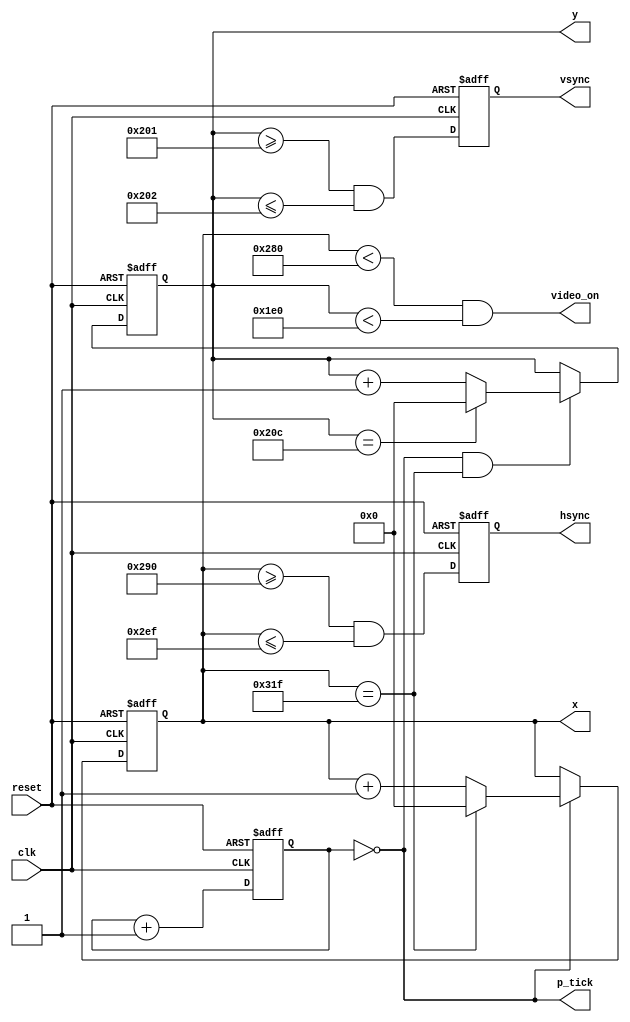
`timescale 1ns / 1ps
//////////////////////////////////////////////////////////////////////////////////
// Company: 
// Engineer: 
// 
// Design Name: 
// Module Name: vga_sync
// Project Name: 
// Target Devices: 
// Tool Versions: 
// Description: 
// 
// Dependencies: 
// 
// Revision:
// Revision 0.01 - File Created
// Additional Comments:
// 
//////////////////////////////////////////////////////////////////////////////////


module vga_sync(
		input wire clk, reset,
		output wire hsync, vsync, video_on, p_tick,
		output wire [9:0] x, y
	);
	
	// constant declarations for VGA sync parameters
	localparam H_DISPLAY       = 640; // horizontal display area
	localparam H_L_BORDER      =  48; // horizontal left border
	localparam H_R_BORDER      =  16; // horizontal right border
	localparam H_RETRACE       =  96; // horizontal retrace
	localparam H_MAX           = H_DISPLAY + H_L_BORDER + H_R_BORDER + H_RETRACE - 1;
	localparam START_H_RETRACE = H_DISPLAY + H_R_BORDER;
	localparam END_H_RETRACE   = H_DISPLAY + H_R_BORDER + H_RETRACE - 1;
	
	localparam V_DISPLAY       = 480; // vertical display area
	localparam V_T_BORDER      =  10; // vertical top border
	localparam V_B_BORDER      =  33; // vertical bottom border
	localparam V_RETRACE       =   2; // vertical retrace
	localparam V_MAX           = V_DISPLAY + V_T_BORDER + V_B_BORDER + V_RETRACE - 1;
    localparam START_V_RETRACE = V_DISPLAY + V_B_BORDER;
	localparam END_V_RETRACE   = V_DISPLAY + V_B_BORDER + V_RETRACE - 1;
	
	// mod-2 counter to generate 25 MHz pixel tick
	reg [1:0] pixel_reg;
	wire [1:0] pixel_next;
	wire pixel_tick;
	
	always @(posedge clk, posedge reset)
		if(reset)
		  pixel_reg <= 0;
		else
		  pixel_reg <= pixel_next;
	
	assign pixel_next = pixel_reg + 1; // increment pixel_reg 
	
	assign pixel_tick = (pixel_reg == 0); // assert tick 1/4 of the time
	
	// registers to keep track of current pixel location
	reg [9:0] h_count_reg, h_count_next, v_count_reg, v_count_next;
	
	// register to keep track of vsync and hsync signal states
	reg vsync_reg, hsync_reg;
	wire vsync_next, hsync_next;
 
	// infer registers
	always @(posedge clk, posedge reset)
		if(reset)
			begin
           		    v_count_reg <= 0;
            		h_count_reg <= 0;
            		vsync_reg   <= 0;
            		hsync_reg   <= 0;
			end
		else
			begin
            		v_count_reg <= v_count_next;
            		h_count_reg <= h_count_next;
            		vsync_reg   <= vsync_next;
            		hsync_reg   <= hsync_next;
			end
			
	// next-state logic of horizontal vertical sync counters
	always @*
		begin
		h_count_next = pixel_tick ? 
		               h_count_reg == H_MAX ? 0 : h_count_reg + 1
			       : h_count_reg;
		
		v_count_next = pixel_tick && h_count_reg == H_MAX ? 
		               (v_count_reg == V_MAX ? 0 : v_count_reg + 1) 
			       : v_count_reg;
		end
		
   // hsync and vsync are active low signals
   // hsync signal asserted during horizontal retrace
   assign hsync_next = h_count_reg >= START_H_RETRACE && h_count_reg <= END_H_RETRACE;
   
   // vsync signal asserted during vertical retrace
   assign vsync_next = v_count_reg >= START_V_RETRACE && v_count_reg <= END_V_RETRACE;

   // video only on when pixels are in both horizontal and vertical display region
   assign video_on = (h_count_reg < H_DISPLAY) && (v_count_reg < V_DISPLAY);

   // output signals
   assign hsync  = hsync_reg;
   assign vsync  = vsync_reg;
   assign x      = h_count_reg;
   assign y      = v_count_reg;
   assign p_tick = pixel_tick;
endmodule